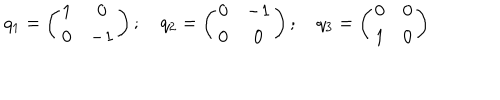
q _ { 1 } = \left( \begin{matrix} { { 1 } } & { { 0 } } \\ { { 0 } } & { { { - 1 } } } \\ \end{matrix} \right) ; \quad q _ { 2 } = \left( \begin{matrix} { { 0 } } & { { { - 1 } } } \\ { { 0 } } & { { 0 } } \\ \end{matrix} \right) ; \quad q _ { 3 } = \left( \begin{matrix} { { 0 } } & { { 0 } } \\ { { 1 } } & { { 0 } } \\ \end{matrix} \right)